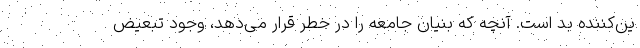
ین‌کننده بد است. آنچه که بنیان جامعه را در خطر قرار می‌دهد، وجود تبعیض